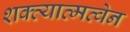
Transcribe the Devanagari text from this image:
शक्त्यात्मत्वेन